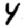
Digit: 4